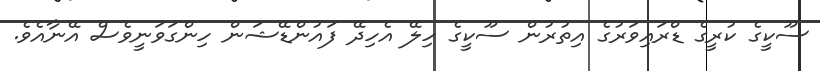
ސޫކީގެ ކުރީގެ ޑްރައިވަރުގެ އިތުރުން ސޫކީގެ ހިލޭ އެހިދޭ ފައުންޑޭޝަން ހިންގަވަނީވެސް އޭނާއެވެ.